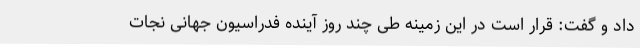
داد و گفت: قرار است در این زمینه طی چند روز آینده فدراسیون جهانی نجات